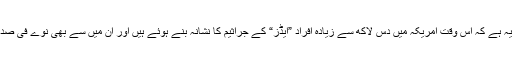
اس حقیقت کو مدِنظر رکھتے ہوئے محکمہ صحت کا اندازہ یہ ہے کہ اس وقت امریکہ میں دس لاکھ سے زیادہ افراد ”ایڈز“ کے جراثیم کا نشانہ بنے ہوئے ہیں اور ان میں سے بھی نوے فی صد افراد کو اپنے بارے میں اس ہولناک حقیقت کا علم بھی نہیں۔